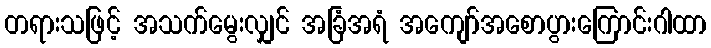
တရားသဖြင့် အသက်မွေးလျှင် အခြံအရံ အကျော်အစောပွားကြောင်းဂါထာ